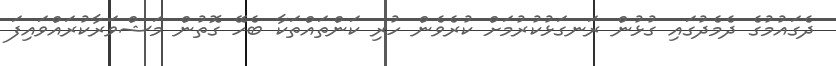
ދެގައުމުގެ ދެމެދުގައި ގުޅުން ރަނގަޅުކުރުމަށް ކުރެވެން ހުރި ކަންތައްތަކާ ބެހޭ ގޮތުން މަޝްވަރާކުރައްވައިފަ